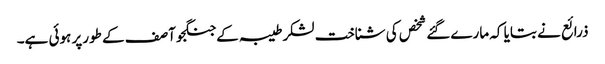
ذرائع نے بتایا کہ مارےگئے شخص کی شناخت لشکرطیبہ کےجنگجو آصف کے طورپر ہوئی ہے۔